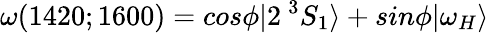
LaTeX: \omega(1420;1600)=cos\phi|2\: ^{3}S_{1}\rangle+sin\phi|\omega_{H}\rangle